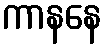
ကာနနေ